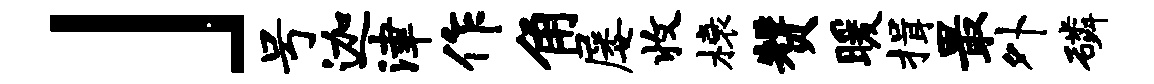
」号迦津作角屡收榱赞暖揖最外磷